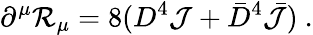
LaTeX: \partial^{\mu}{\cal R}_{\mu}=8(D^{4}{\cal J}+{\bar{D}}^{4}{\bar{\cal J}})\ .